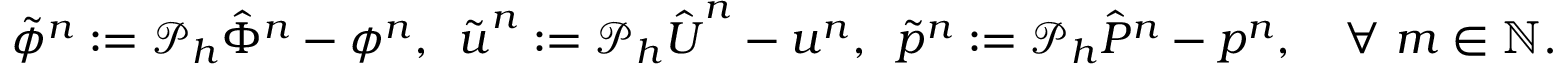
\tilde { \phi } ^ { n } : = \mathcal { P } _ { h } \hat { \Phi } ^ { n } - \phi ^ { n } , \, \, \, \tilde { \boldsymbol { u } } ^ { n } : = \mathcal { P } _ { h } \hat { \boldsymbol { U } } ^ { n } - \boldsymbol { u } ^ { n } , \, \, \, \tilde { p } ^ { n } : = \mathcal { P } _ { h } \hat { P } ^ { n } - p ^ { n } , \quad \forall \ m \in \mathbb { N } .